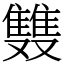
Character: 䨇